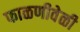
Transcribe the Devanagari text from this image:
फाळणीवेळी